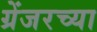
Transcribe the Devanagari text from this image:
ग्रेंजरच्या